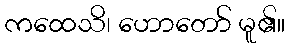
ကထေသိ၊ ဟောတော် မူ၏။